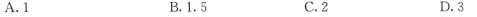
A.1 B.1.5 C.2 D.3